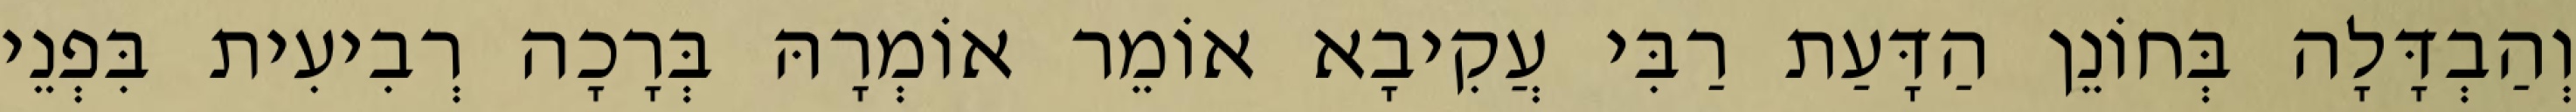
וְהַבְדָּלָה בְּחוֹנֵן הַדָּעַת רַבִּי עֲקִיבָא אוֹמֵר אוֹמְרָהּ בְּרָכָה רְבִיעִית בִּפְנֵי